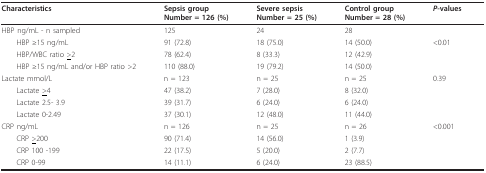
<table><thead><tr><td><b>Characteristics</b></td><td><b>Sepsis groupNumber = 126 (%)</b></td><td><b>Severe sepsisNumber = 25 (%)</b></td><td><b>Control groupNumber = 28 (%)</b></td><td><b><i>P</i>-values</b></td></tr></thead><tbody><tr><td>HBP ng/mL - n sampled</td><td>125</td><td>24</td><td>28</td><td></td></tr><tr><td> HBP ≥15 ng/mL</td><td>91 (72.8)</td><td>18 (75.0)</td><td>14 (50.0)</td><td>&lt;0.01</td></tr><tr><td> HBP/WBC ratio <underline>&gt;</underline>2</td><td>78 (62.4)</td><td>8 (33.3)</td><td>12 (42.9)</td><td></td></tr><tr><td> HBP ≥15 ng/mL and/or HBP ratio &gt;2</td><td>110 (88.0)</td><td>19 (79.2)</td><td>14 (50.0)</td><td></td></tr><tr><td>Lactate mmol/L</td><td>n = 123</td><td>n = 25</td><td>n = 25</td><td>0.39</td></tr><tr><td> Lactate <underline>&gt;</underline>4</td><td>47 (38.2)</td><td>7 (28.0)</td><td>8 (32.0)</td><td></td></tr><tr><td> Lactate 2.5- 3.9</td><td>39 (31.7)</td><td>6 (24.0)</td><td>6 (24.0)</td><td></td></tr><tr><td> Lactate 0-2.49</td><td>37 (30.1)</td><td>12 (48.0)</td><td>11 (44.0)</td><td></td></tr><tr><td>CRP ng/mL</td><td>n = 126</td><td>n = 25</td><td>n = 26</td><td>&lt;0.001</td></tr><tr><td> CRP <underline>&gt;</underline>200</td><td>90 (71.4)</td><td>14 (56.0)</td><td>1 (3.9)</td><td></td></tr><tr><td> CRP 100 -199</td><td>22 (17.5)</td><td>5 (20.0)</td><td>2 (7.7)</td><td></td></tr><tr><td> CRP 0-99</td><td>14 (11.1)</td><td>6 (24.0)</td><td>23 (88.5)</td><td></td></tr></tbody></table>